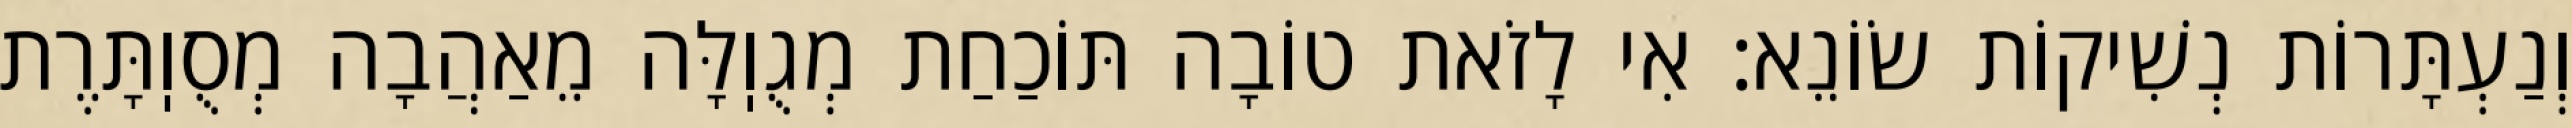
וְנַעְתָּרוֹת נְשִׁיקוֹת שׂוֹנֵא: אִי לָזֹאת טוֹבָה תּוֹכַחַת מְגֻוֽלָּה מֵאַהֲבָה מְסֻוֽתָּרֶת